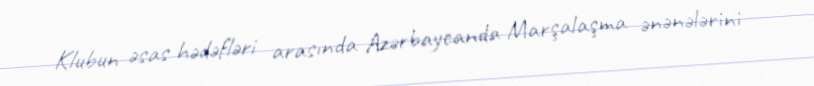
Klubun əsas hədəfləri arasında Azərbaycanda Marşalaşma ənənələrini